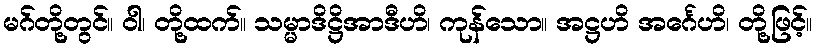
မဂ်တို့တွင်။ ဝါ၊ တို့ထက်။ သမ္မာဒိဋ္ဌိအာဒီဟိ၊ ကုန်သော။ အဋ္ဌဟိ အင်္ဂေဟိ၊ တို့ဖြင့်။